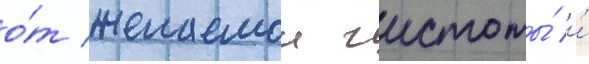
о́т желаемои чистоты́ и́